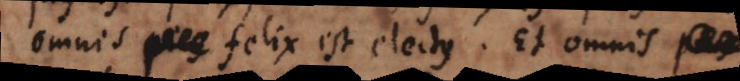
omnis pius felix est electus. Et omnis